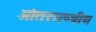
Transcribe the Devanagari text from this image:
आंतरराष्त्रीय